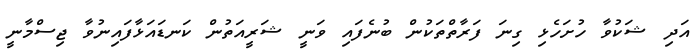
އަދި ޝަކުވާ ހުށަހެޅި ގިނަ ފަރާތްތަކުން ބުނެފައި ވަނީ ޝަރީއަތުން ކަނޑައަޅާފައިނުވާ ޖިސްމާނީ